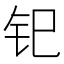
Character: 𫟳